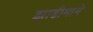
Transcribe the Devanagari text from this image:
झाडीमागे